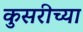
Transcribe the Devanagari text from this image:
कुसरीच्या